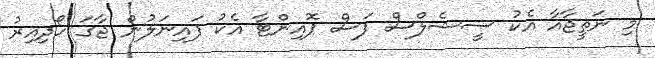
މި ނަތީޖާއާ އެކު ސީޝެލްސް ފަސް ޕޮއިންޓާ އެކު ފައިނަލުން ޖާގަ ހޯދިއިރު